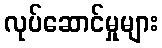
လုပ်ဆောင်မှုများ